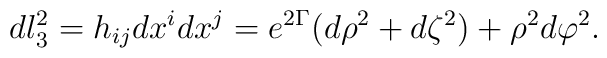
dl_3^2=h_{ij}dx^idx^j=e^{2\Gamma}(d\rho^2+d\zeta^2)+\rho^2d\varphi^2.